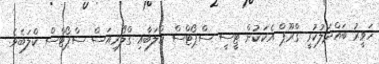
ހަވީރު ބައްދަލުކުރީ ގްރޫޕް އެކަކުން ޓީސީ ސްޕޯޓްސް ކްލަބާއި ގްލޯރިއަސް ސްޕޯޓްސް ކްލަބެވެ.